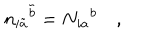
LaTeX: { n _ { i \tilde { a } } } ^ { \tilde { b } } = { N _ { i a } } ^ { b } \quad ,